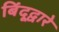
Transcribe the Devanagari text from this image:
बिंदूद्वारे